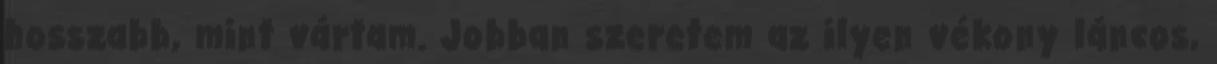
hosszabb, mint vártam. Jobban szeretem az ilyen vékony láncos,